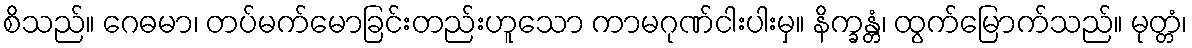
စိသည်။ ဂေဓမာ၊ တပ်မက်မောခြင်းတည်းဟူသော ကာမဂုဏ်ငါးပါးမှ။ နိက္ခန္တံ၊ ထွက်မြောက်သည်။ မုတ္တံ၊